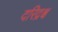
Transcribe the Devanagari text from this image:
दरिद्रश्च